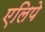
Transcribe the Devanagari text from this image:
एलिपे